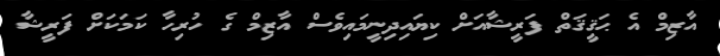
އާޒިމް އެ ޙަޤީޤަތް ފަރީޝާއަށް ކިޔައިދިނީމައިވެސް އާޒިމް ގެ ހުރިހާ ކަމަކަށް ފަރީޝާ